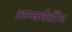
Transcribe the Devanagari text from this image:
अन्‍तर्वर्तीय